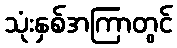
သုံးနှစ်အကြာတွင်